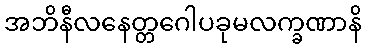
အဘိနီလနေတ္တဂေါပခုမလက္ခဏာနိ